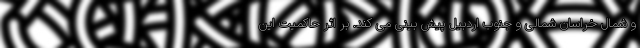
و شمال خراسان شمالی و جنوب اردبیل پیش بینی می کند. بر اثر حاکمیت این